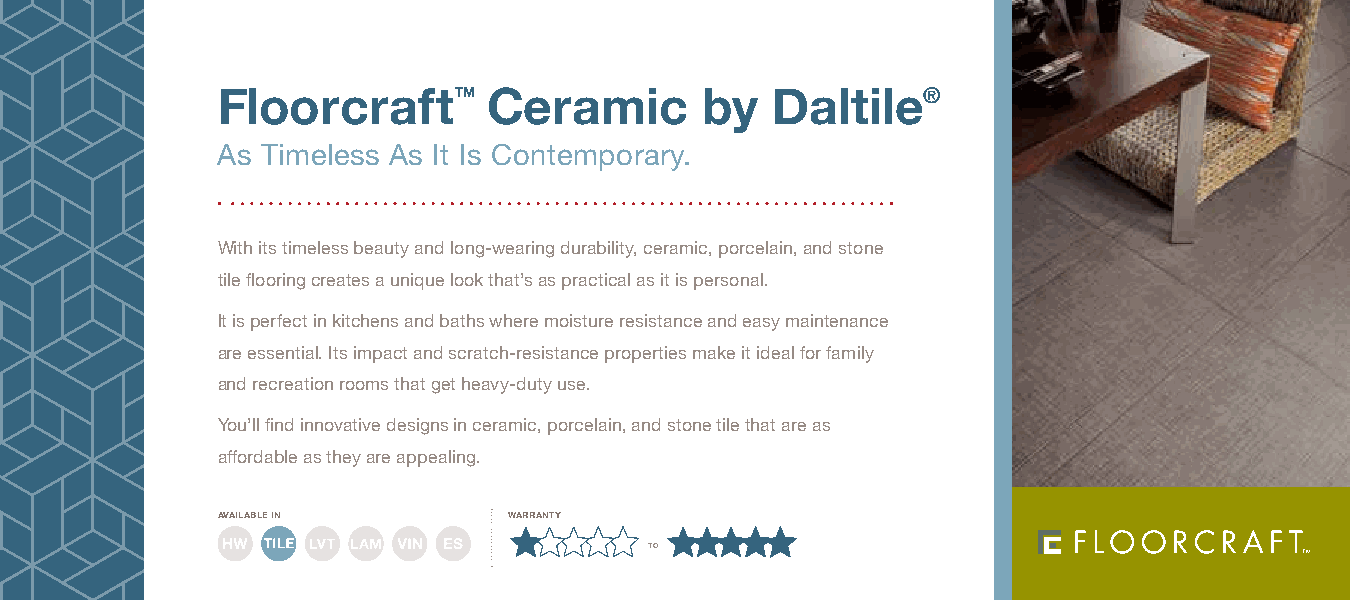
Floorcraft      ™ Ceramic       by   Daltile®
 As Timeless As It Is Contemporary.
 With its timeless beauty and long-wearing durability, ceramic, porcelain, and stone
 tile flooring creates a unique look that’s as practical as it is personal.
 It is perfect in kitchens and baths where moisture resistance and easy maintenance
 are essential. Its impact and scratch-resistance properties make it ideal for family
 and recreation rooms that get heavy-duty use.
 You’ll find innovative designs in ceramic, porcelain, and stone tile that are as
 affordable as they are appealing.
 available in        warranty
 to